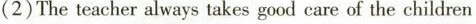
(2)The teacher always takes good care of the children